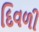
દિવળી